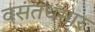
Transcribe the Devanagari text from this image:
वसंतधमार